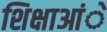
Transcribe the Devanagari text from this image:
शिक्षाआंे